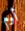
أوم